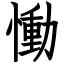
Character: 慟